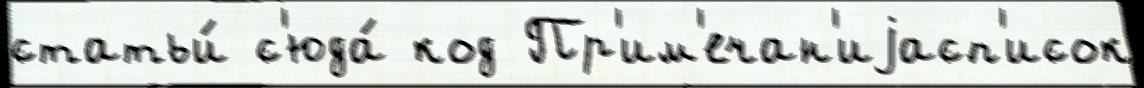
статьи́ с'юда́ код Пр'им'ечан'иjасп'исок